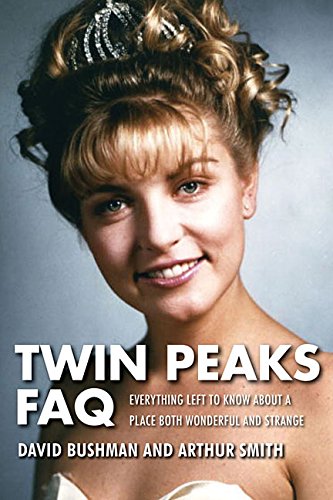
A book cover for Twin Peaks FAQ: All That's Left to Know About a Place Both Wonderful and Strange; David Bushman; Humor & Entertainment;